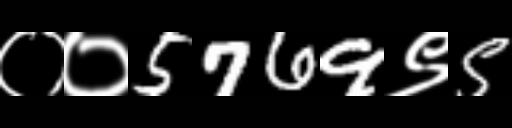
Text: ००5769९5